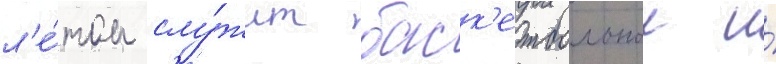
л'е́том слу́жит баск'етбольнои и́